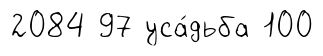
2084 97 уса́дьба 100